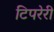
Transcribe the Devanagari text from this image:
टिपरेरी